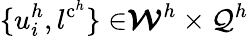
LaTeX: {\{ u_{i}^{h},l^{\mathrm{c}^{h}}\} \in}{\boldsymbol{\mathcal{W}}^{h}\times\mathcal{Q}^{h}}